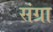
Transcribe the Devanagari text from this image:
संग्रा